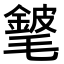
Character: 𨪅